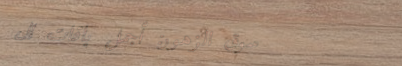
سوق الزهور: أجمل باقات ال